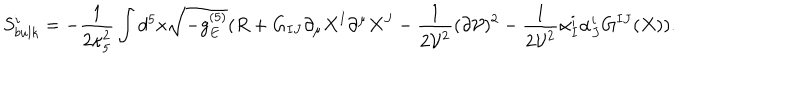
S _ { b u l k } ^ { i } = - \frac { 1 } { 2 \kappa _ { 5 } ^ { 2 } } \int d ^ { 5 } x \sqrt { - g _ { E } ^ { ( 5 ) } } ( R + G _ { I J } \partial _ { \mu } X ^ { I } \partial ^ { \mu } X ^ { J } - \frac { 1 } { 2 { \cal V } ^ { 2 } } ( \partial { \cal V } ) ^ { 2 } - \frac { 1 } { 2 { \cal V } ^ { 2 } } \alpha _ { I } ^ { i } \alpha _ { J } ^ { i } G ^ { I J } ( X ) ) .